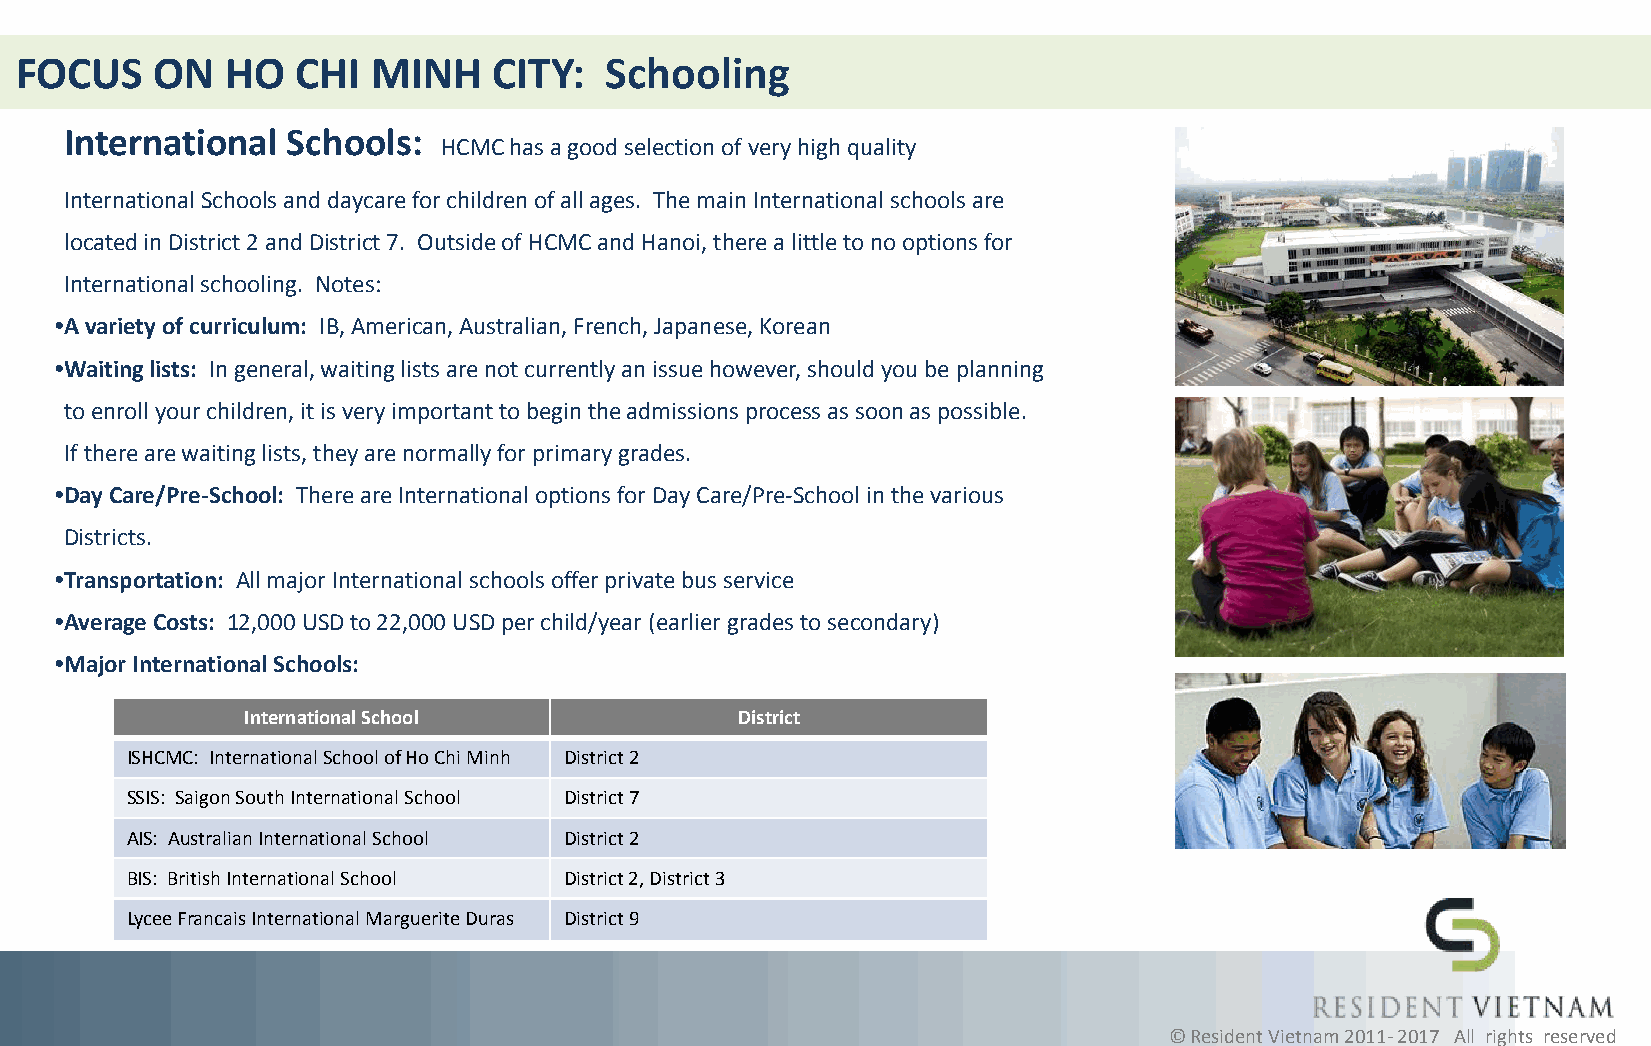
FOCUS    ON   HO   CHI  MINH    CITY:  Schooling
 International  Schools:
 HCMC has a good selection of very high quality
 International Schools and daycare for children of all ages. The main International schools are
 located in District 2 and District 7. Outside of HCMC and Hanoi, there a little to no options for
 International schooling. Notes:
 •A variety of curriculum: IB, American, Australian, French, Japanese, Korean
 •Waiting lists: In general, waiting lists are not currently an issue however, should you be planning
 to enroll your children, it is very important to begin the admissions process as soon as possible.
 If there are waiting lists, they are normally for primary grades.
 •Day Care/Pre-School: There are International options for Day Care/Pre-School in the various
 Districts.
 •Transportation: All major International schools offer private bus service
 •Average Costs: 12,000 USD to 22,000 USD per child/year (earlier grades to secondary)
 •Major International Schools:
 International School             District
 ISHCMC: International School of Ho Chi Minh District 2
 SSIS: Saigon South International School District 7
 AIS: Australian International School District 2
 BIS: British International School District 2, District 3
 Lycee Francais International Marguerite Duras District 9
 © Resident Vietnam 2011- 2017 All rights reserved